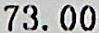
73.00